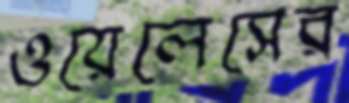
ওয়েলেসের